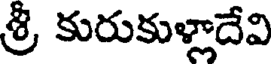
శ్రీ కురుకుళ్లాదేవి